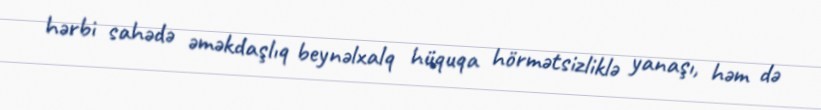
hərbi sahədə əməkdaşlıq beynəlxalq hüquqa hörmətsizliklə yanaşı, həm də